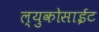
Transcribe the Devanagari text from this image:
ल्युकोसाईट